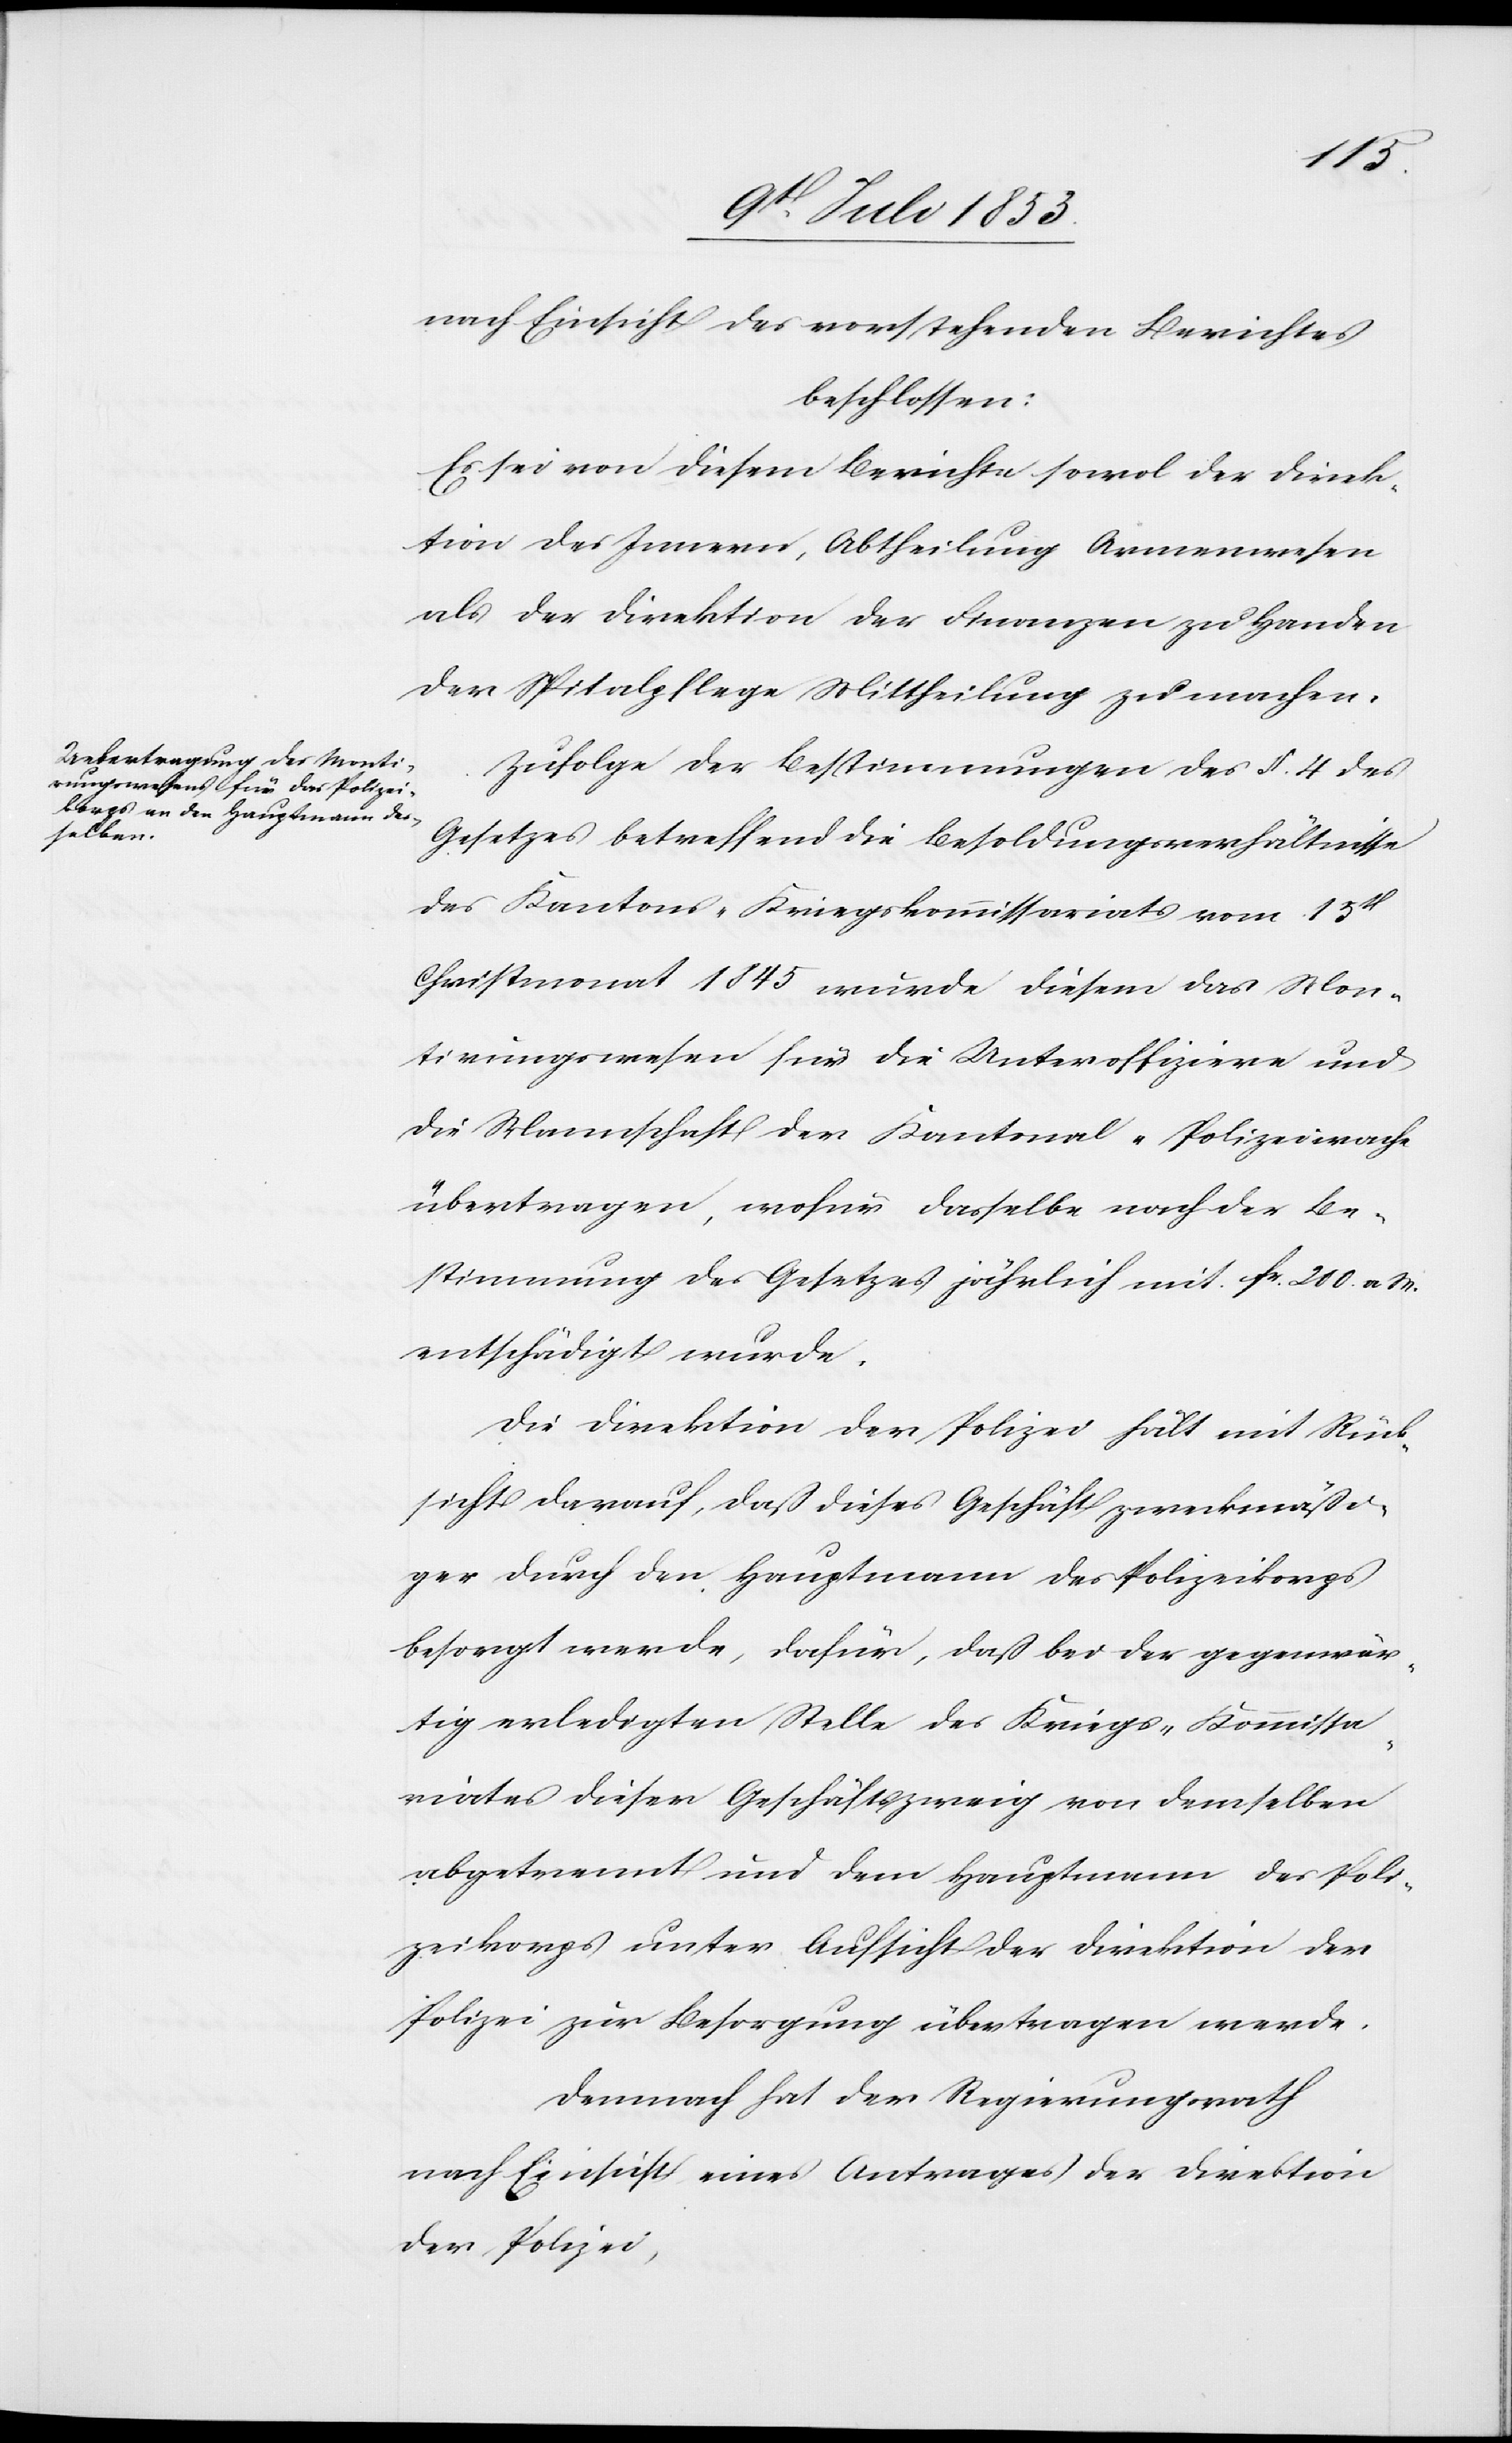
nach Einsicht des vorstehenden Berichtes
beschlossen:
Es sei von diesem Berichte sowol der Direk¬
tion des Innern, Abtheilung Armenwesen
als der Direktion der Finanzen zu Handen
der Spitalpflege Mittheilung zu machen.
Zufolge der Bestimmungen des § 4 des
Gesetzes betreffend die Besoldungsverhältnisse
des Kantons-Kriegskommissariats vom 15t
Christmonat 1845 wurde diesem das Mon¬
tirungswesen für die Unteroffiziere und
die Mannschaft der Kantonal-Polizeiwache
übertragen, wofür dasselbe nach der Be¬
stimmung des Gesetzes jährlich mit fr 200 a. W.
entschädigt wurde.
Die Direktion der Polizei hält mit Rück¬
sicht darauf, daß dieses Geschäft zweckmäßi¬
ger durch den Hauptmann des Polizeikorps
besorgt werde, dafür, daß bei der gegenwär¬
tig erledigten Stelle des Kriegs-Kommissa¬
riates dieser Geschäftszweig von demselben
abgetrennt und dem Hauptmann des Poli¬
zeikorps unter Aufsicht der Direktion der
Polizei zur Besorgung übertragen werde.
Demnach hat der Regierungsrath
nach Einsicht eines Antrages der Direktion
der Polizei,